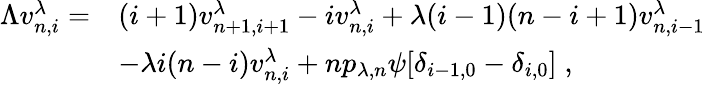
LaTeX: \begin{array}{rl}{\Lambda v_{n,i}^{\lambda}=}&{(i+1)v_{n+1,i+1}^{\lambda}-iv_{n,i}^{\lambda}+\lambda(i-1)(n-i+1)v_{n,i-1}^{\lambda}}\\ &{-\lambda i(n-i)v_{n,i}^{\lambda}+np_{\lambda,n}\psi[\delta_{i-1,0}-\delta_{i,0}]\; ,}\end{array}